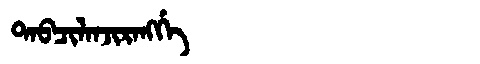
Manchu: ᡨᠠᠪᠴᡳᠯᠠᠨᠵᡳᡵᠠᠩᡤᡝ
Romanization: TABCILANJIRANGGE